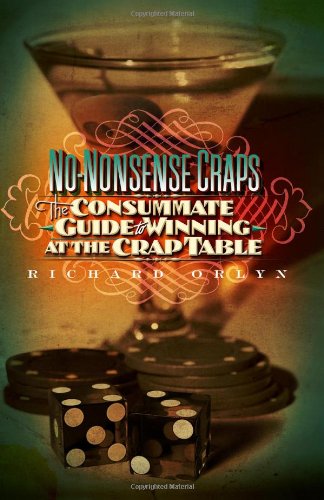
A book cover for No-Nonsense Craps: The Consummate Guide to Winning at the Crap Table; Richard Orlyn; Humor & Entertainment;